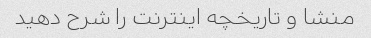
منشا و تاریخچه اینترنت را شرح دهید